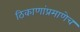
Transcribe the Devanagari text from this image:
ठिकाणांप्रमाणेच